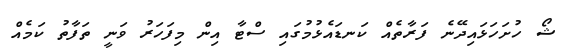
ޝޯ ހުށަހަޅައިދޭނެ ފަރާތެއް ކަނޑައެޅުމުގައި ސްޓާ އިން މިފަހަރު ވަނީ ތަފާތު ކަމެއް